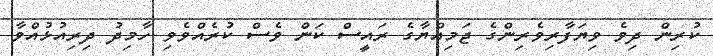
ކުރިން ދިވެ ވިޔަފާރިވެރިންގެ ޖަމިއްޔާގެ ރައީސް ކަން ވެސް ކުރެއްވެވި ހާމިދު ދިިރިއުޅުއްވާ